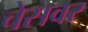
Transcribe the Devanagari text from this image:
चेसवर